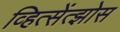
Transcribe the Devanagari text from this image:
व्हित्सेंत्झोस